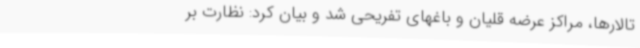
تالارها، مراکز عرضه قلیان و باغهای تفریحی شد و بیان کرد: نظارت بر